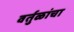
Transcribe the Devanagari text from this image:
वर्तुळांचा